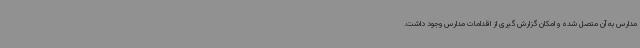
مدارس به آن متصل شده و امکان گزارش گیری از اقدامات مدارس وجود داشت.